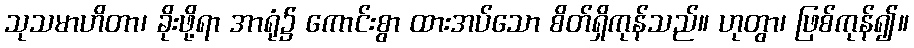
သုသမာဟိတာ၊ ခိုးဖို့ရာ အာရုံ၌ ကောင်းစွာ ထားအပ်သော စိတ်ရှိကုန်သည်။ ဟုတွာ၊ ဖြစ်ကုန်၍။